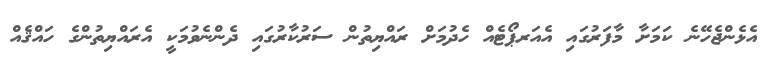
އެޅެންޖެހޭނެ ކަމަށާ މާފަރުގައި އެއަރޕޯޓެއް ހެދުމަށް ރައްޔިތުން ސަރުކާރުގައި ދެންނެވުމަކީ އެރައްޔިތުންގެ ހައްޤެއް